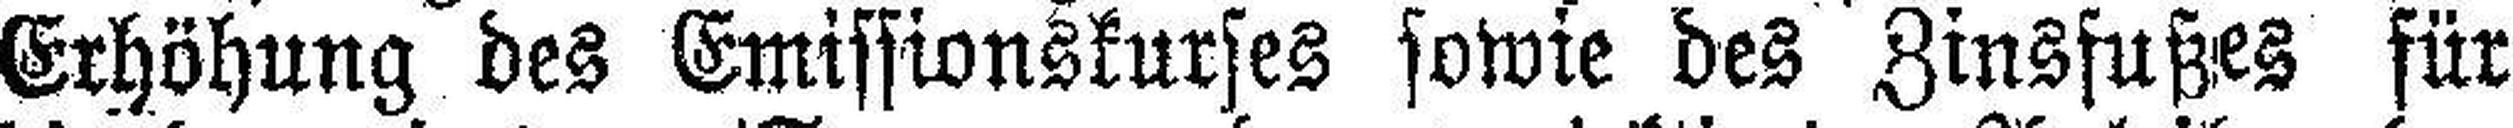
Erhöhung des Emissionskurses sowie des Zinsfußes für